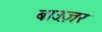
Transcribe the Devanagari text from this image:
बाउ़ज़र